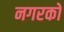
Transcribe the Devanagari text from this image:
नगरको